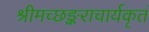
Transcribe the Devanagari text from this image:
श्रीमच्छङ्कराचार्यकृतं